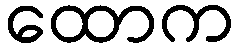
ထောက